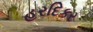
હરદિકર